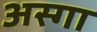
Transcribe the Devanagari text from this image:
अस्गा